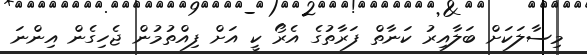
މިސާލަކަށް ބަލާއިރު ކަނާތް ފަރާތުގެ އެރޯ ކީ އަށް ފިއްތުމުން ޖެހިގެން އިންނަ